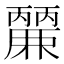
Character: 𮭹